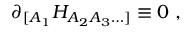
\partial _ { [ A _ { 1 } } H _ { A _ { 2 } A _ { 3 } \ldots ] } \equiv 0 \ ,